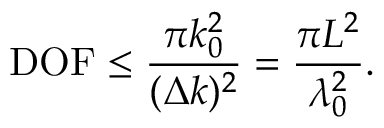
\mathrm { D O F } \leq \frac { \pi k _ { 0 } ^ { 2 } } { ( \Delta k ) ^ { 2 } } = \frac { \pi L ^ { 2 } } { \lambda _ { 0 } ^ { 2 } } .